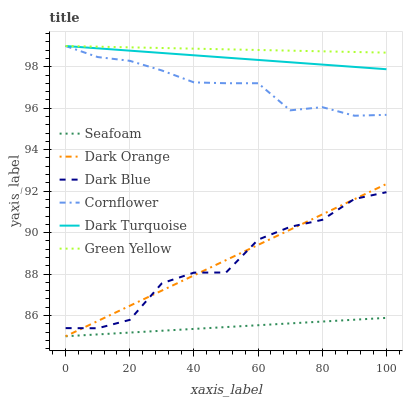
| xaxis_label | Seafoam | Dark Orange | Dark Blue | Cornflower | Dark Turquoise | Green Yellow |
 | --- | --- | --- | --- | --- | --- | --- |
 | 0 | 85 | 85 | 85.4 | 99 | 99 | 99 |
 | 10 | 85.1 | 85.7 | 85.4 | 98.5 | 98.9 | 99 |
 | 20 | 85.2 | 86.5 | 85.8 | 98.3 | 98.8 | 98.9 |
 | 30 | 85.3 | 87.2 | 87.6 | 97.8 | 98.7 | 98.9 |
 | 40 | 85.4 | 87.9 | 88.1 | 97.2 | 98.6 | 98.9 |
 | 50 | 85.4 | 88.7 | 88.1 | 97.2 | 98.4 | 98.8 |
 | 60 | 85.5 | 89.4 | 89.7 | 97.2 | 98.3 | 98.8 |
 | 70 | 85.6 | 90.1 | 90.3 | 95.9 | 98.2 | 98.8 |
 | 80 | 85.7 | 90.9 | 90.6 | 96.1 | 98.1 | 98.7 |
 | 90 | 85.8 | 91.6 | 91.6 | 95.6 | 98 | 98.7 |
 | 100 | 85.9 | 92.3 | 91.9 | 95.7 | 97.9 | 98.7 |